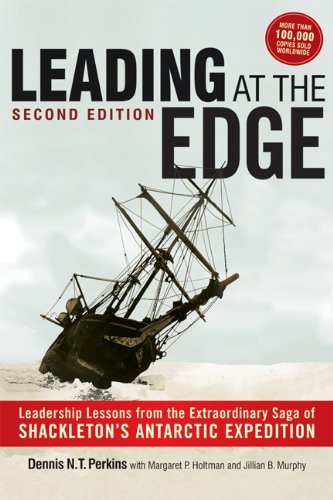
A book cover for Leading at The Edge: Leadership Lessons from the Extraordinary Saga of Shackleton's Antarctic Expedition; Dennis N.T. Perkins; History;